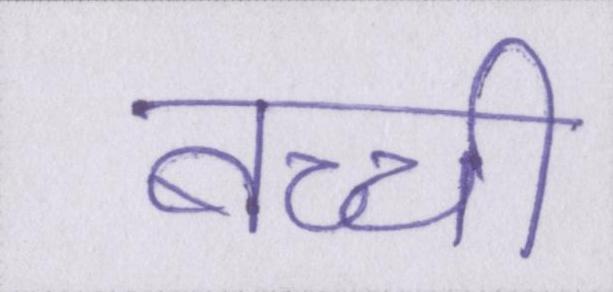
बच्ची